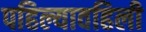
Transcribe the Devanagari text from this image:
पहिल्यावहिली